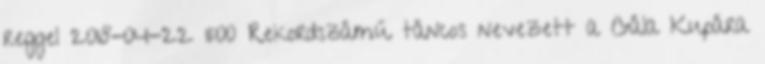
reggel 2018-04-22 11:00 Rekordszámú táncos nevezett a Gála Kupára